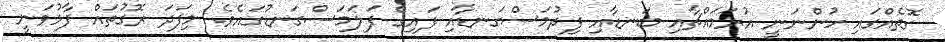
ގޮތެއްގައި ހުންނަނީ އުރަމައްޗާއި ބަނޑާއި ފިދުމަސްގަނޑާއި ފައިގެ ފަލަމަސްގަނޑުގައެވެ. މިފަދަ ރޮގުތައް ފާޅުވަނީ